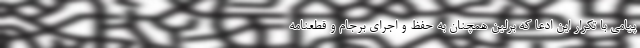
پیامی با تکرار این ادعا که برلین همچنان به حفظ و اجرای برجام و قطعنامه